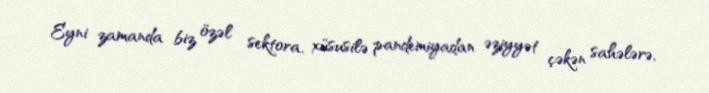
Eyni zamanda biz özəl sektora, xüsusilə pandemiyadan əziyyət çəkən sahələrə,